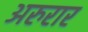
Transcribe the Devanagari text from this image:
अरुरार